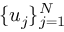
\{ u _ { j } \} _ { j = 1 } ^ { N }